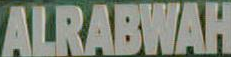
ALRABWAH